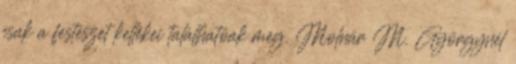
csak a festészet kellékei találhatóak meg. Molnár M. Györgynél